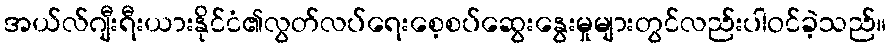
အယ်လ်ဂျီးရီးယားနိုင်ငံ၏လွတ်လပ်ရေးစေ့စပ်ဆွေးနွေးမှုများတွင်လည်းပါဝင်ခဲ့သည်။